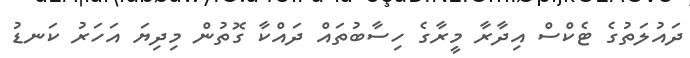
ދައުލަތުގެ ޓެކްސް އިދާރާ މީރާގެ ހިސާބުތައް ދައްކާ ގޮތުން މިދިޔަ އަހަރު ކަނޑު